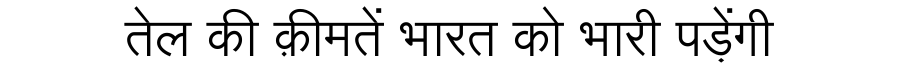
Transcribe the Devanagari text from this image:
तेल की क़ीमतें भारत को भारी पड़ेंगी